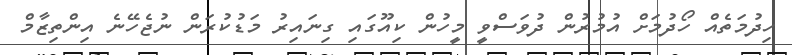
ހިދުމަތެއް ހޯދުމަށް އުމުރުން ދުވަސްވީ މީހުން ކިއޫގައި ގިނައިރު މަޑުކުރަން ނުޖެހޭނެ އިންތިޒާމް